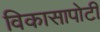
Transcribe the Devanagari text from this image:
विकासापोटी